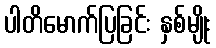
ပါတိမောက်ပြခြင်း နှစ်မျိုး